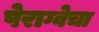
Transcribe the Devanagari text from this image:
पेराग्वेचा